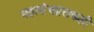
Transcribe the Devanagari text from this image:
महासंचाालकही